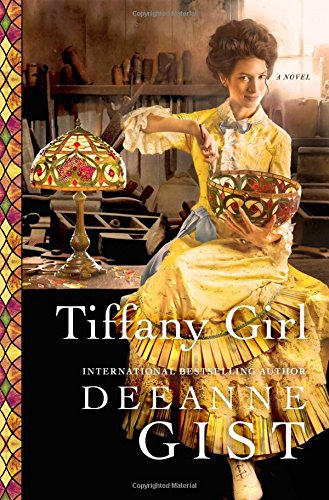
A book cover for Tiffany Girl: A Novel; Deeanne Gist; Romance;